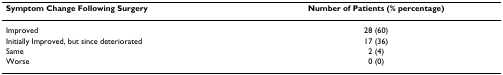
<table><thead><tr><td><b>Symptom Change Following Surgery</b></td><td><b>Number of Patients (% percentage)</b></td></tr></thead><tbody><tr><td>Improved</td><td>28 (60)</td></tr><tr><td>Initially Improved, but since deteriorated</td><td>17 (36)</td></tr><tr><td>Same</td><td>2 (4)</td></tr><tr><td>Worse</td><td>0 (0)</td></tr></tbody></table>